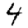
Digit: 4